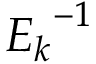
{ E _ { k } } ^ { - 1 }